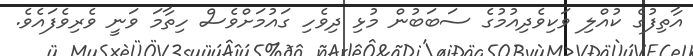
އާތިފުގެ ކުއްލި ވަކިވެދިއުމުގެ ސަބަބުން މުޅި ދިވެހި ގައުމަށްވެސް ހިތާމަ ވަނީ ވެރިވެފައެވެ.